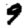
Digit: 9